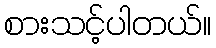
စားသင့်ပါတယ်။